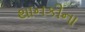
થાનકીના